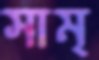
সাম্